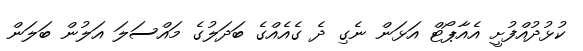
ކުޅުދުއްފުށީ އެއާޕޯޓް އަޅަން ނެގި ދެ ގެއެއްގެ ބަދަލުގެ މައްސަލަ އަލުން ބަލަން